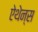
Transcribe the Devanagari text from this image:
ऐथेन्स